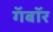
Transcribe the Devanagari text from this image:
गॅबॉर